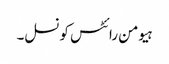
ہیومن رائٹس کونسل۔